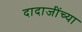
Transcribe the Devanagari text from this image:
दादाजींच्या